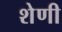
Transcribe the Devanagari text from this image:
शेणी